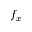
f _ { x }